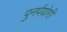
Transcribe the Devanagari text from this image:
पुनर्पयोगी